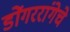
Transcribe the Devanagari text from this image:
डोंगररांगेचे